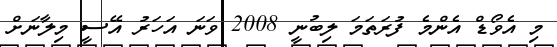
މި އެވޯޑް އެންމެ ފުރަތަމަ ލިބުނީ 2008 ވަނަ އަހަރު އޭސީ މިލާނަށް